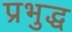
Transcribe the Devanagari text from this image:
प्रभुद्ध